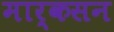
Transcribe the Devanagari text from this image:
मार्कसन